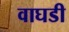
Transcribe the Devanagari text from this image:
वाघडी